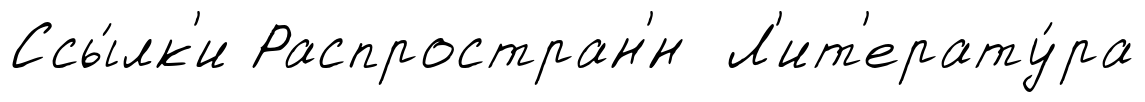
Ссы́лк'и Распростран'́н Л'ит'ерату́ра